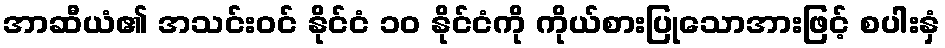
အာဆီယံ၏ အသင်းဝင် နိုင်ငံ ၁၀ နိုင်ငံကို ကိုယ်စားပြုသောအားဖြင့် စပါးနှံ